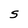
Character: S